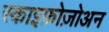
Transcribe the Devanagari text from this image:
स्काइफ़ोज़ोअन